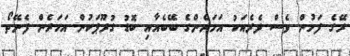
ރޭގެ ފަހުން ވެސް ދެރެއަކު އަހަރެންގެ ބޭބެއާއި ބޮޑު ގުރޫޕަކުން އަހަރެން ފެނޭތޯ